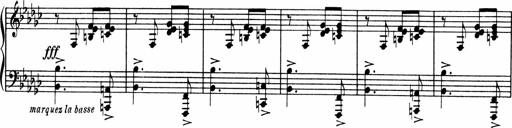
Title: Sonatine pour piano
Composer: Albert Roussel